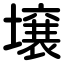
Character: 壌